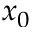
x _ { 0 }